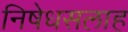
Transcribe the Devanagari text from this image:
निषेधसलाह